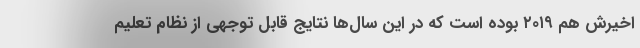
اخیرش هم ٢٠١٩ بوده است که در این سال‌ها نتایج قابل توجهی از نظام تعلیم